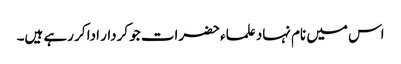
اس میں نام نہاد علماء حضرات جو کردار ادا کر رہے ہیں۔